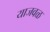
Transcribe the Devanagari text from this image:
याजवळ